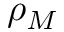
\rho _ { M }